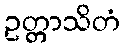
ဥတ္တာသိတံ